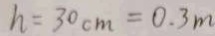
h = 3 0 c m = 0 . 3 m